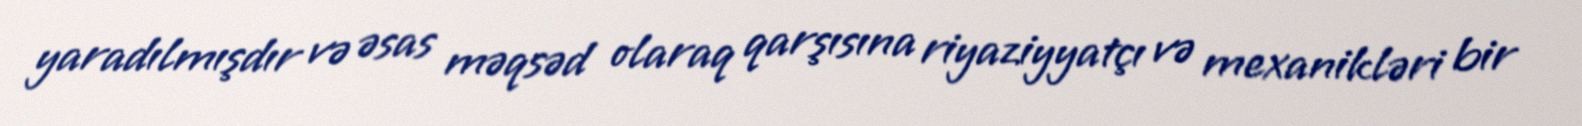
yaradılmışdır və əsas məqsəd olaraq qarşısına riyaziyyatçı və mexanikləri bir